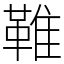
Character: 𩋘